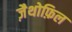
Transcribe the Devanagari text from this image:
ज़ैथोफ़िल